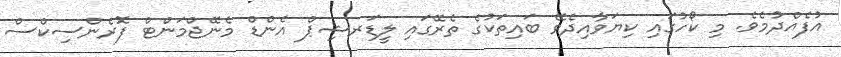
އުފެއްދުމެވެ. މި ކޯހުގައި ކިޔަވާއިދެވޭ ބައިތަކުގެ ތެރޭގައި ލީޑަރޝިޕް އެންޑް މެނޭޖްމަންޓް ފޮރެންސިކްސް